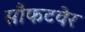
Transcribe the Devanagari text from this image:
सौफटवेर